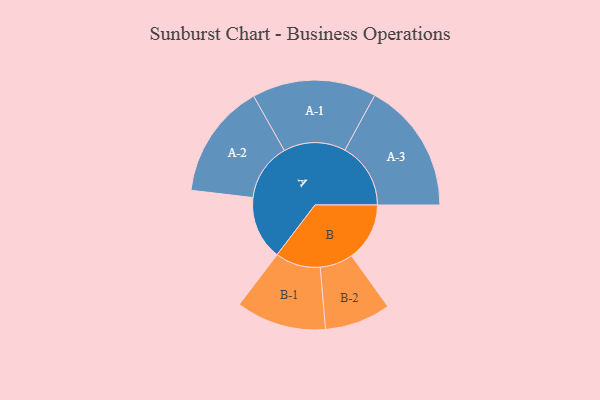
{"axis": {"x": "Segment", "y": "Value"}, "legend": ["", "A", "B"], "data": [{"x": "A", "y": 241, "type": ""}, {"x": "B", "y": 220, "type": ""}, {"x": "A-1", "y": 235, "type": "A"}, {"x": "A-2", "y": 218, "type": "A"}, {"x": "A-3", "y": 249, "type": "A"}, {"x": "B-1", "y": 171, "type": "B"}, {"x": "B-2", "y": 125, "type": "B"}]}